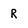
Character: R